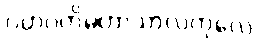
ဂဟပတိမဟာသာလကုလေ